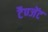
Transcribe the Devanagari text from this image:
टैण्जेंट